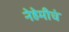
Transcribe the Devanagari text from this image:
नेहेमीचं